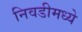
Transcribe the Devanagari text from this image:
निवडीमध्ये